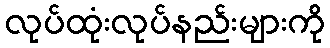
လုပ်ထုံးလုပ်နည်းများကို